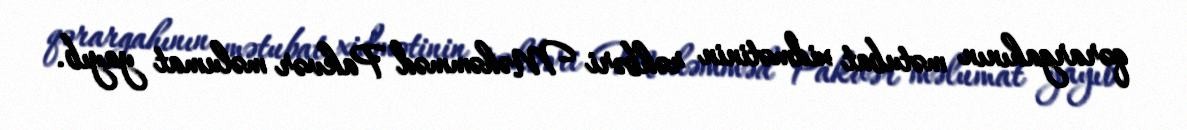
qərargahının mətubat xidmətinin rəhbəri Məhəmməd Pakvər məlumat yayıb.